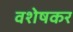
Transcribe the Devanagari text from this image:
वशेषकर